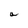
Character: a